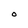
Character: O